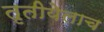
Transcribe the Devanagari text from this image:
तृतीयेलाच